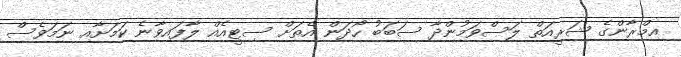
އިމްރާންގެ ޝަރީއަތް ލަސްވަމުންދާ ސަބަބު ހޯދަން އެތަށް ސިޓީއެއް ލާފައިވާނެ ކަމަށާއި ނަމަވެސް